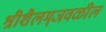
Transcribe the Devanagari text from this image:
श्रीशैलम्‌जवळील